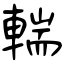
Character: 輲